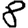
Digit: 8